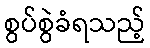
စွပ်စွဲခံရသည့်